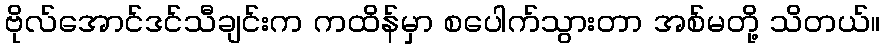
ဗိုလ်အောင်ဒင်သီချင်းက ကထိန်မှာ စပေါက်သွားတာ အစ်မတို့ သိတယ်။